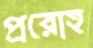
প্ররোহ